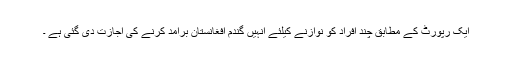
ایک رپورٹ کے مطابق چند افراد کو نوازنے کیلئے انہیں گندم افغانستان برآمد کرنے کی اجازت دی گئی ہے ۔